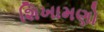
શિખામણો